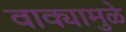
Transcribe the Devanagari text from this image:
वाक्यामुळे